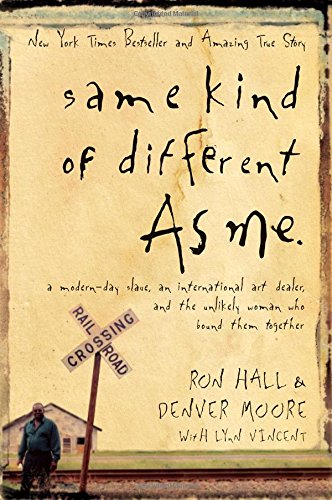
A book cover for Same Kind Of Different As Me; Ron Hall; Religion & Spirituality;